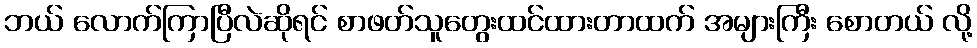
ဘယ် လောက်ကြာပြီလဲဆိုရင် စာဖတ်သူတွေးထင်ထားတာထက် အများကြီး စောတယ် လို့